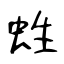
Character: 﨡